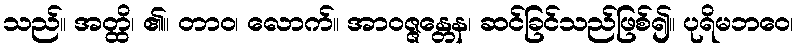
သည်။ အတ္ထိ၊ ၏။ တာဝ၊ လောက်။ အာဝဇ္ဇန္တေန၊ ဆင်ခြင်သည်ဖြစ်၍။ ပုရိမဘဝေ၊